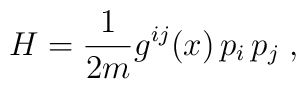
H=\frac{1}{2m}g^{ij}(x)\, p_i\, p_j\;,